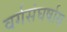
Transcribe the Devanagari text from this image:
वर्गसंघर्षास